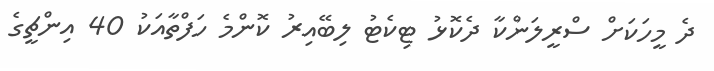
ދެ މީހަކަށް ސްރީލަންކާ ދެކޮޅު ޓިކެޓު ލިބޭއިރު ކޮންމެ ހަފްތާއަކު 40 އިންޗީގެ